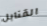
القنابل